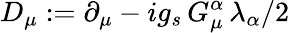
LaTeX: D_{\mu}:=\partial_{\mu}-ig_{s}\, G_{\mu}^{\alpha}\, \lambda_{\alpha}/2